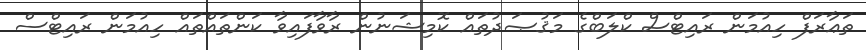
ތަޢާރަފް ހިއުމަން ރައިޓްސް ކްލަބްގެ މަޤުޞަދުތައް ކޮމިޝަނުން ރާވާފައިވާ ކަންތައްތައް ހިއުމަން ރައިޓްސް